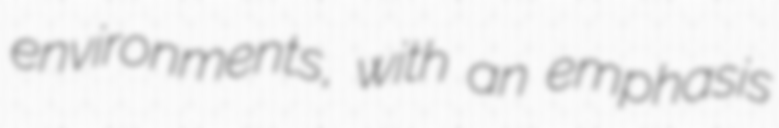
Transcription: environments, with an emphasis